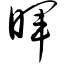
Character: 晖